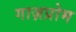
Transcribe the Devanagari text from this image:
गाज़प्रोम